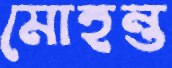
মোহন্ত